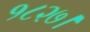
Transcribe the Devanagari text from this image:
१८२७।